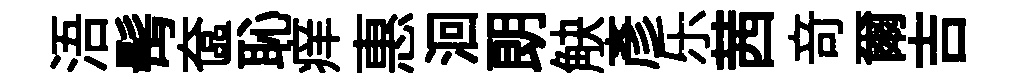
浯髩奩恥痒惠洄朗觖彥乐茜竒爾吉